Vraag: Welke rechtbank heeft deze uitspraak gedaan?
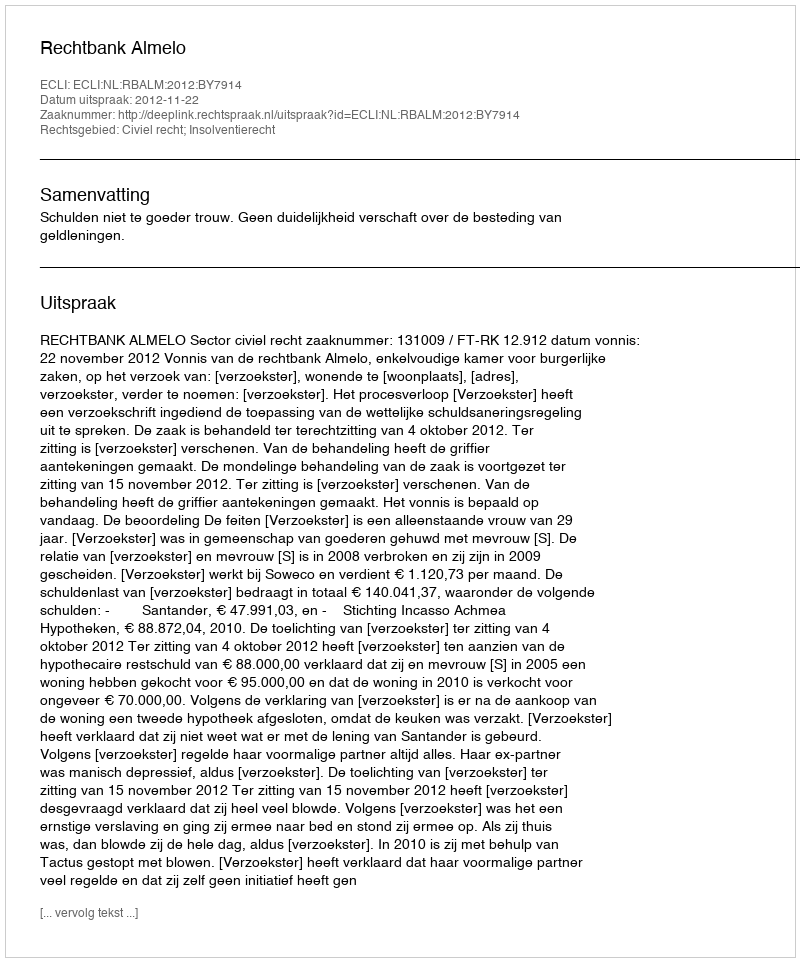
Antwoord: Rechtbank Almelo